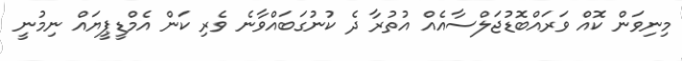
މިނިވަން ކޮއް ވަރައްބޮޑުޖަލްސާއެއް އުތުރާ ދެ ކުނުގަބައްވާނެ ވެރި ކަން އެމްޑީޕީޔައް ނިމުނީ